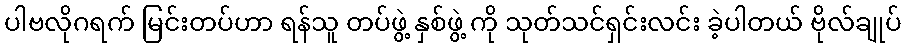
ပါဗလိုဂရက် မြင်းတပ်ဟာ ရန်သူ တပ်ဖွဲ့ နှစ်ဖွဲ့ ကို သုတ်သင်ရှင်းလင်း ခဲ့ပါတယ် ဗိုလ်ချုပ်